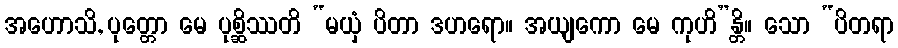
အဟောသိ, ပုတ္တော မေ ပုစ္ဆိဿတိ “မယှံ ပိတာ ဒဟရော။ အယျကော မေ ကုဟိ”န္တိ။ သော “ပိတရာ